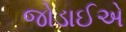
જોડાઈએ